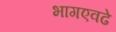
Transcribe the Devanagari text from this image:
भागएवढे